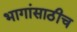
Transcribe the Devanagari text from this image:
भागांसाठीच